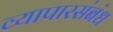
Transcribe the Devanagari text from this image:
व्यापारसंबंध